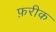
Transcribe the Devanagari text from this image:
फ़रीक